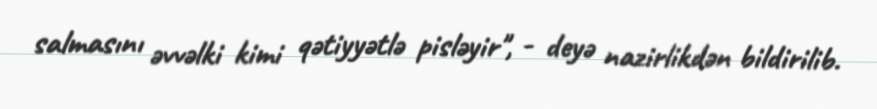
salmasını əvvəlki kimi qətiyyətlə pisləyir", - deyə nazirlikdən bildirilib.